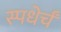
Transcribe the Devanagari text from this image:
स्पधेर्चं